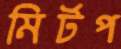
মির্টপ